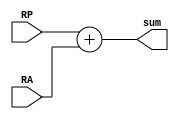
module Adder(sum, RA, RP);
	output reg [15:0] sum;
	input [7:0] RA;
	input [15:0] RP;
	
	always @(RA or RP)
		sum = RP + RA;
endmodule